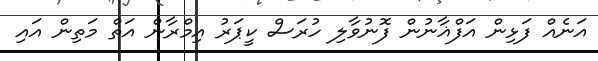
އަނެއް ފަޅިން އަފްޣާނުން ފޮނުވާލި ހުރަސް ކީޕަރު އިމްރާން އަތް މަތިން އައި